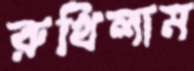
রুখিলাম